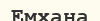
Емхана